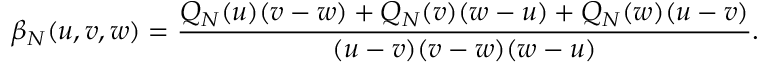
\beta _ { N } ( u , v , w ) = { \frac { Q _ { N } ( u ) ( v - w ) + Q _ { N } ( v ) ( w - u ) + Q _ { N } ( w ) ( u - v ) } { ( u - v ) ( v - w ) ( w - u ) } } .